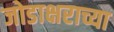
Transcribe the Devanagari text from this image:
जोडाक्षराच्या